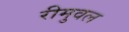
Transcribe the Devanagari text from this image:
रीमुवल